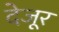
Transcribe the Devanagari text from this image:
देजूर